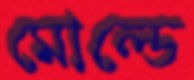
মোল্ডে